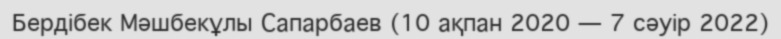
Бердібек Мәшбекұлы Сапарбаев (10 ақпан 2020 — 7 сәуір 2022)